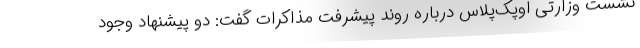
نشست وزارتی اوپک‌پلاس درباره روند پیشرفت مذاکرات گفت: دو پیشنهاد وجود